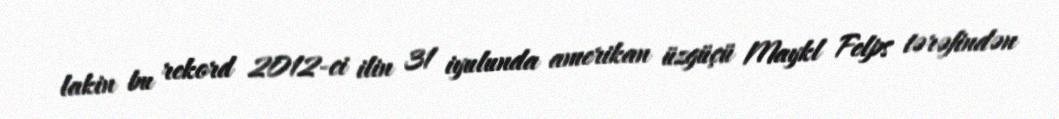
lakin bu rekord 2012-ci ilin 31 iyulunda amerikan üzgüçü Maykl Felps tərəfindən